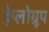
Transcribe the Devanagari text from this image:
हेप्लोग्रूप